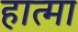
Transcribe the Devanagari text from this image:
हात्मा